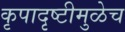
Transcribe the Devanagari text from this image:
कृपादृष्टीमुळेच